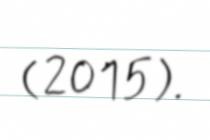
(2015).